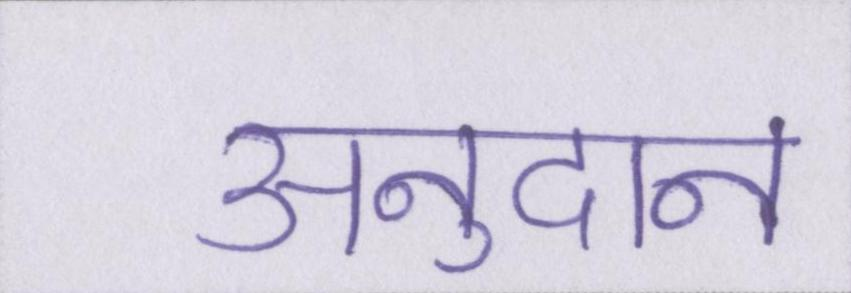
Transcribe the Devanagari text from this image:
अनुदान